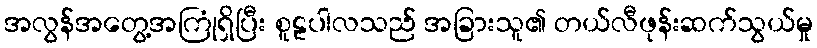
အလွန်အတွေ့အကြုံရှိပြီး စူဠပါလသည် အခြားသူ၏ တယ်လီဖုန်းဆက်သွယ်မှု